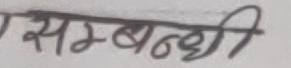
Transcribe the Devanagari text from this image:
सम्बन्धि